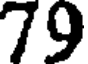
79